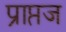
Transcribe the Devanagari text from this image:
प्राप्तज